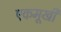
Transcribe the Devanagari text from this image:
एकमूखी